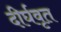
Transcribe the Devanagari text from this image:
दीर्घवृत